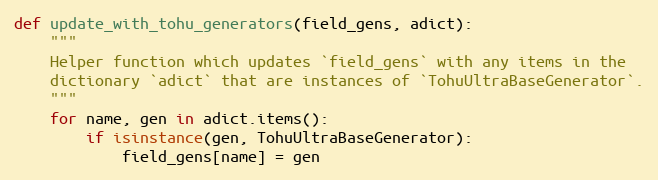
Language: Python
def update_with_tohu_generators(field_gens, adict):
    """
    Helper function which updates `field_gens` with any items in the
    dictionary `adict` that are instances of `TohuUltraBaseGenerator`.
    """
    for name, gen in adict.items():
        if isinstance(gen, TohuUltraBaseGenerator):
            field_gens[name] = gen